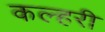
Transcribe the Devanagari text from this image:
कल्हरी